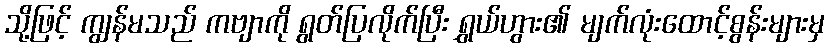
သို့ဖြင့် ကျွန်မသည် ကဗျာကို ရွတ်ပြလိုက်ပြီး ရွှယ်ဟွား၏ မျက်လုံးထောင့်စွန်းများမှ